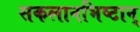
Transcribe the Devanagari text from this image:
सकलानभिष्टान्